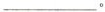
___。